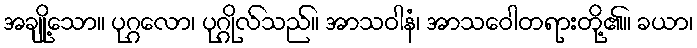
အချို့သော။ ပုဂ္ဂလော၊ ပုဂ္ဂိုလ်သည်။ အာသဝါနံ၊ အာသဝေါတရားတို့၏။ ခယာ၊